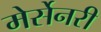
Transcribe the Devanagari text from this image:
मेर्सेनरी